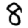
Digit: 8